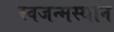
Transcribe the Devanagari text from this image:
स्वजन्मस्थान